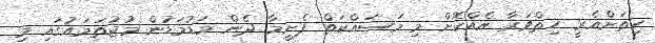
ހިތަށްއެރީ ހިތްވަރާ އެއްކޮށް މި މަސައްކަތް ފެށީމާ ދެން މަޑުމަޑުން މުޖުތަމައުގައި މި